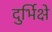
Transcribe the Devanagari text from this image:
दुर्भिक्षे